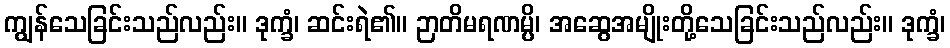
ကျွန်သေခြင်းသည်လည်း။ ဒုက္ခံ၊ ဆင်းရဲ၏။ ဉာတိမရဏမ္ပိ၊ အဆွေအမျိုးတို့သေခြင်းသည်လည်း။ ဒုက္ခံ၊